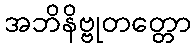
အဘိနိဗ္ဗုတတ္တော